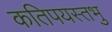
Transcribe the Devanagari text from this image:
कतिपयस्तभु